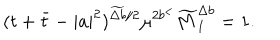
( t + \bar { t } - | a | ^ { 2 } ) ^ { \widetilde { \Delta b } / 2 } \mu ^ { 2 b ^ { < } } \widetilde { M } _ { I } ^ { \Delta b } = 1 .